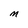
Character: M